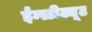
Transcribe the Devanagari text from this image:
ईन्स्टीट्यूट